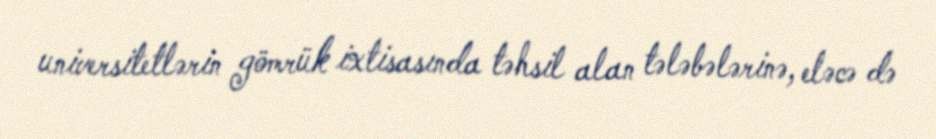
universitetlərin gömrük ixtisasında təhsil alan tələbələrinə, eləcə də